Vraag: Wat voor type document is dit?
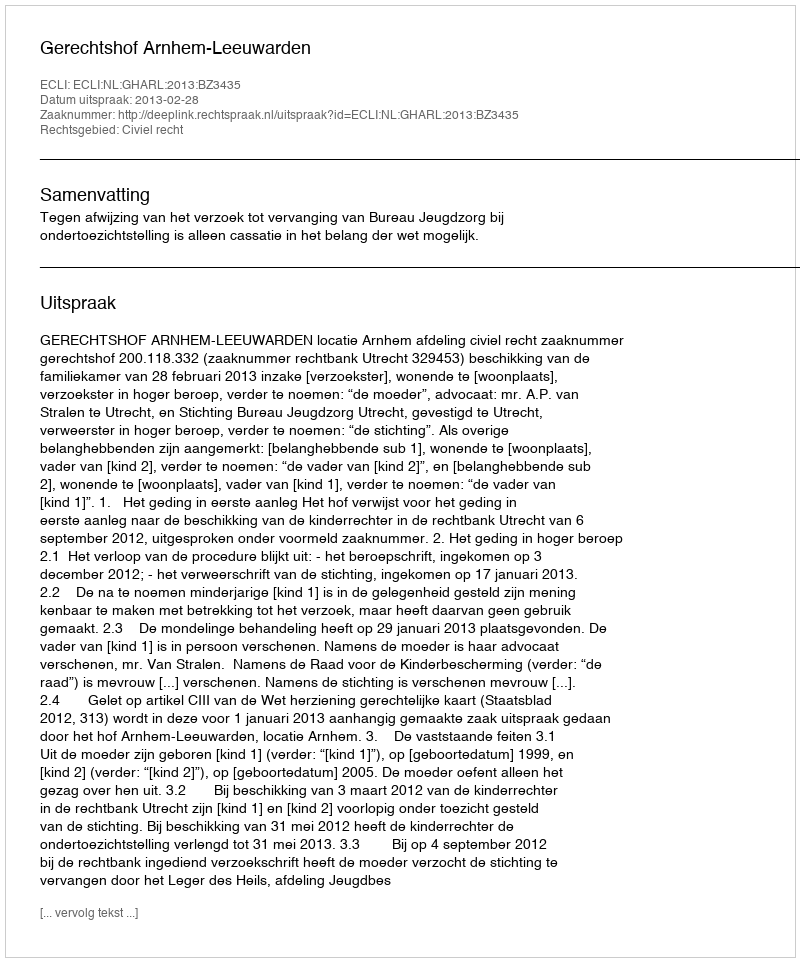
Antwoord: Uitspraak